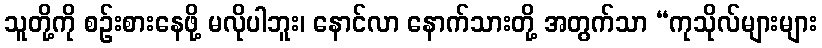
သူတို့ကို စဉ်းစားနေဖို့ မလိုပါဘူး၊ နောင်လာ နောက်သားတို့ အတွက်သာ “ကုသိုလ်များများ